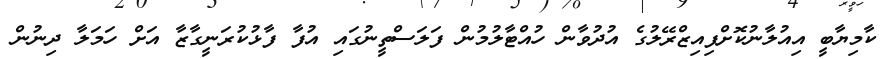
ކާމިޔާބީ އިއުލާނުކޮށްފިއިޒްރޭލުގެ އުދުވާން ހުއްޓާލުމުން ފަލަސްތީނުގައި އުފާ ފާޅުކުރަނީގާޒާ އަށް ހަމަލާ ދިނުން